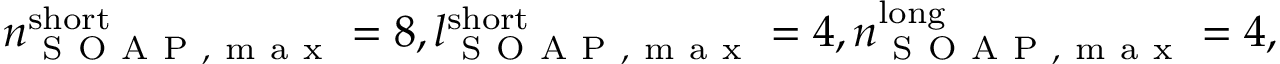
n _ { \mathrm { ~ S ~ O ~ A ~ P ~ , ~ m ~ a ~ x ~ } } ^ { \mathrm { s h o r t } } = 8 , l _ { \mathrm { ~ S ~ O ~ A ~ P ~ , ~ m ~ a ~ x ~ } } ^ { \mathrm { s h o r t } } = 4 , n _ { \mathrm { ~ S ~ O ~ A ~ P ~ , ~ m ~ a ~ x ~ } } ^ { \mathrm { l o n g } } = 4 ,